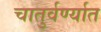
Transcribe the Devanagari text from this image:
चातुर्वर्ण्यात